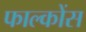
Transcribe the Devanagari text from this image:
फाल्कोंस